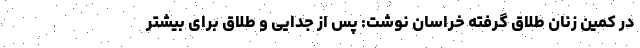
در کمین زنان طلاق‌ گرفته خراسان نوشت: پس از جدایی و طلاق برای بیشتر